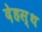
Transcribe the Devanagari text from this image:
देहस्थ